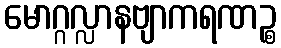
မောဂ္ဂလ္လာနဗျာကရဏဉ္စ